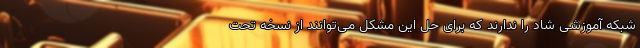
شبکه آموزشی شاد را ندارند که برای حل این مشکل می‌توانند از نسخه تحت